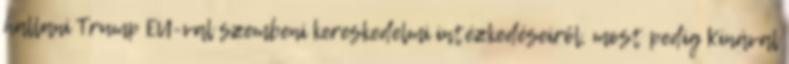
hallani Trump EU-val szembeni kereskedelmi intézkedéseiről, most pedig Kínával